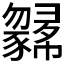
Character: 𢑼